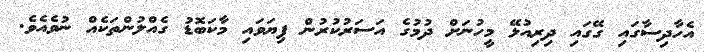
އެހާދިސާގައި ގޭގައި ދިރިއުޅޭ މީހުނަށް ދުމުގެ އަސަރުކުރުން ފިޔަވައި މާކަބޮޑު ގެއްލުންތަކެއް ނުވެއެވެ.